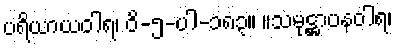
ပရိယာယဝါရ၊ ဝိ-၅-ပါ-၁၈၃။ ။သမုဋ္ဌာပနဝါရ၊